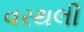
વરથલી